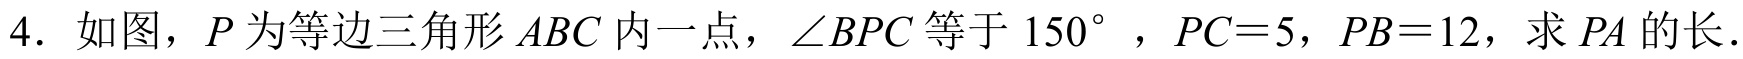
4. 如图，\(P\)为等边三角形\(ABC\)内一点，\(\angle BPC\)等于\(150^{\circ}\) ，\(PC = 5\)，\(PB = 12\)，求\(PA\)的长．